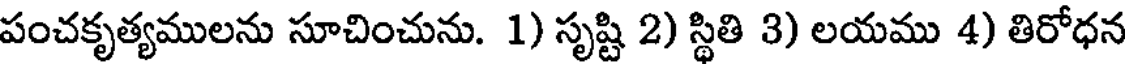
పంచకృత్యములను సూచించును. 1) సృష్టి 2) స్థితి 3) లయము 4) తిరోధన